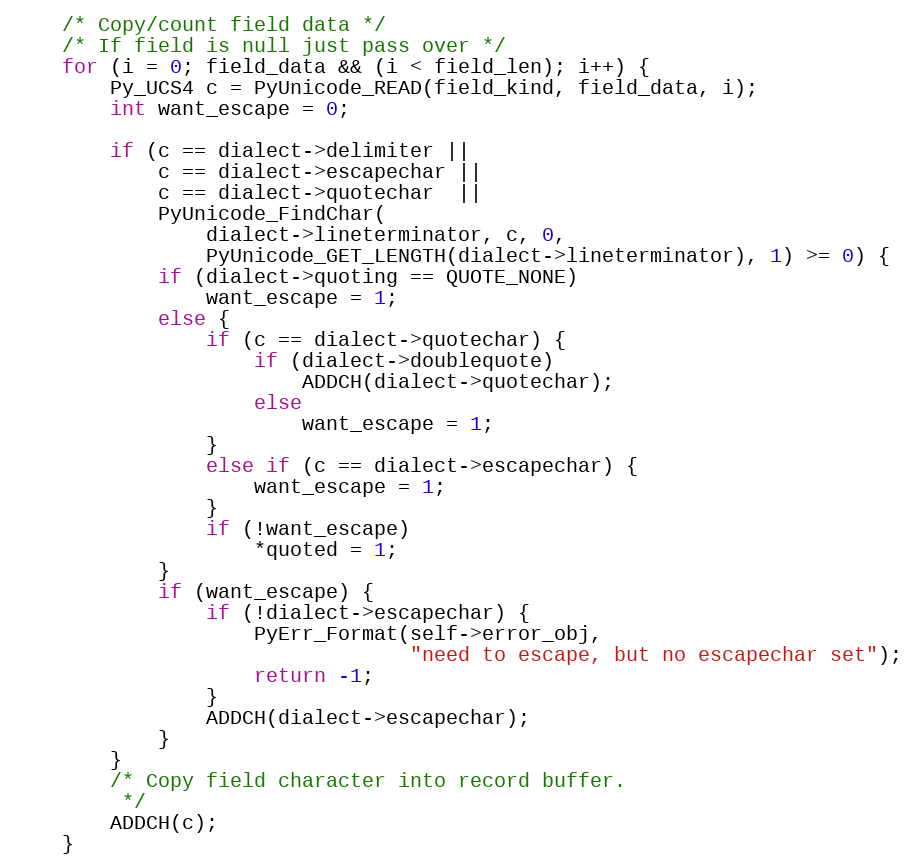
Language: C
    /* Copy/count field data */
    /* If field is null just pass over */
    for (i = 0; field_data && (i < field_len); i++) {
        Py_UCS4 c = PyUnicode_READ(field_kind, field_data, i);
        int want_escape = 0;

        if (c == dialect->delimiter ||
            c == dialect->escapechar ||
            c == dialect->quotechar  ||
            PyUnicode_FindChar(
                dialect->lineterminator, c, 0,
                PyUnicode_GET_LENGTH(dialect->lineterminator), 1) >= 0) {
            if (dialect->quoting == QUOTE_NONE)
                want_escape = 1;
            else {
                if (c == dialect->quotechar) {
                    if (dialect->doublequote)
                        ADDCH(dialect->quotechar);
                    else
                        want_escape = 1;
                }
                else if (c == dialect->escapechar) {
                    want_escape = 1;
                }
                if (!want_escape)
                    *quoted = 1;
            }
            if (want_escape) {
                if (!dialect->escapechar) {
                    PyErr_Format(self->error_obj,
                                 "need to escape, but no escapechar set");
                    return -1;
                }
                ADDCH(dialect->escapechar);
            }
        }
        /* Copy field character into record buffer.
         */
        ADDCH(c);
    }